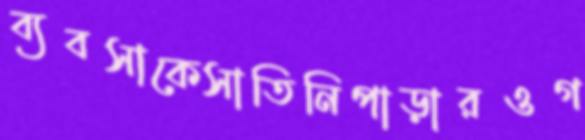
ব্যবসাকেসাতিনিপাড়ারওগ